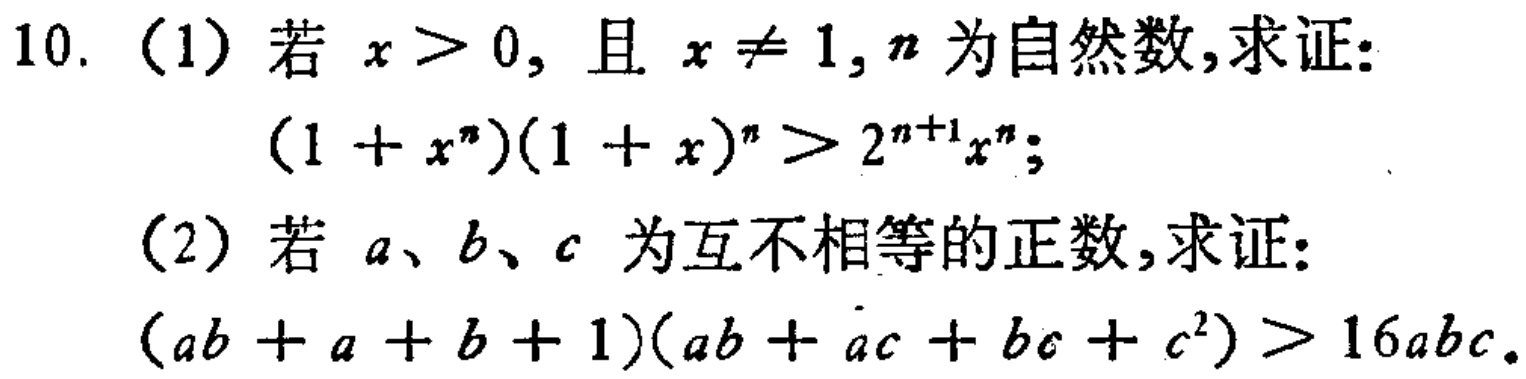
10. (1) 若 \(x > 0\)，且 \(x \neq 1\)，\(n\) 为自然数，求证：
\((1 + x^{n})(1 + x)^{n}>2^{n + 1}x^{n}\)；
(2) 若 \(a\)、\(b\)、\(c\) 为互不相等的正数，求证：
\((ab + a + b + 1)(ab + ac + bc + c^{2})>16abc\)。